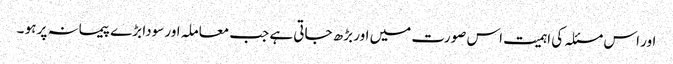
اور اس مسئلہ کی اہمیت اس صورت میں اور بڑھ جاتی ہے جب معاملہ اور سودا بڑے پیمانہ پر ہو ۔